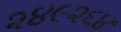
૨૪૯૨૬૪